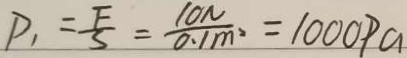
P _ { 1 } = \frac { F } { S } = \frac { 1 0 N } { 0 . 1 m ^ { 2 } } = 1 0 0 0 P a